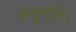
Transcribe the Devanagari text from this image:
अनुमति।